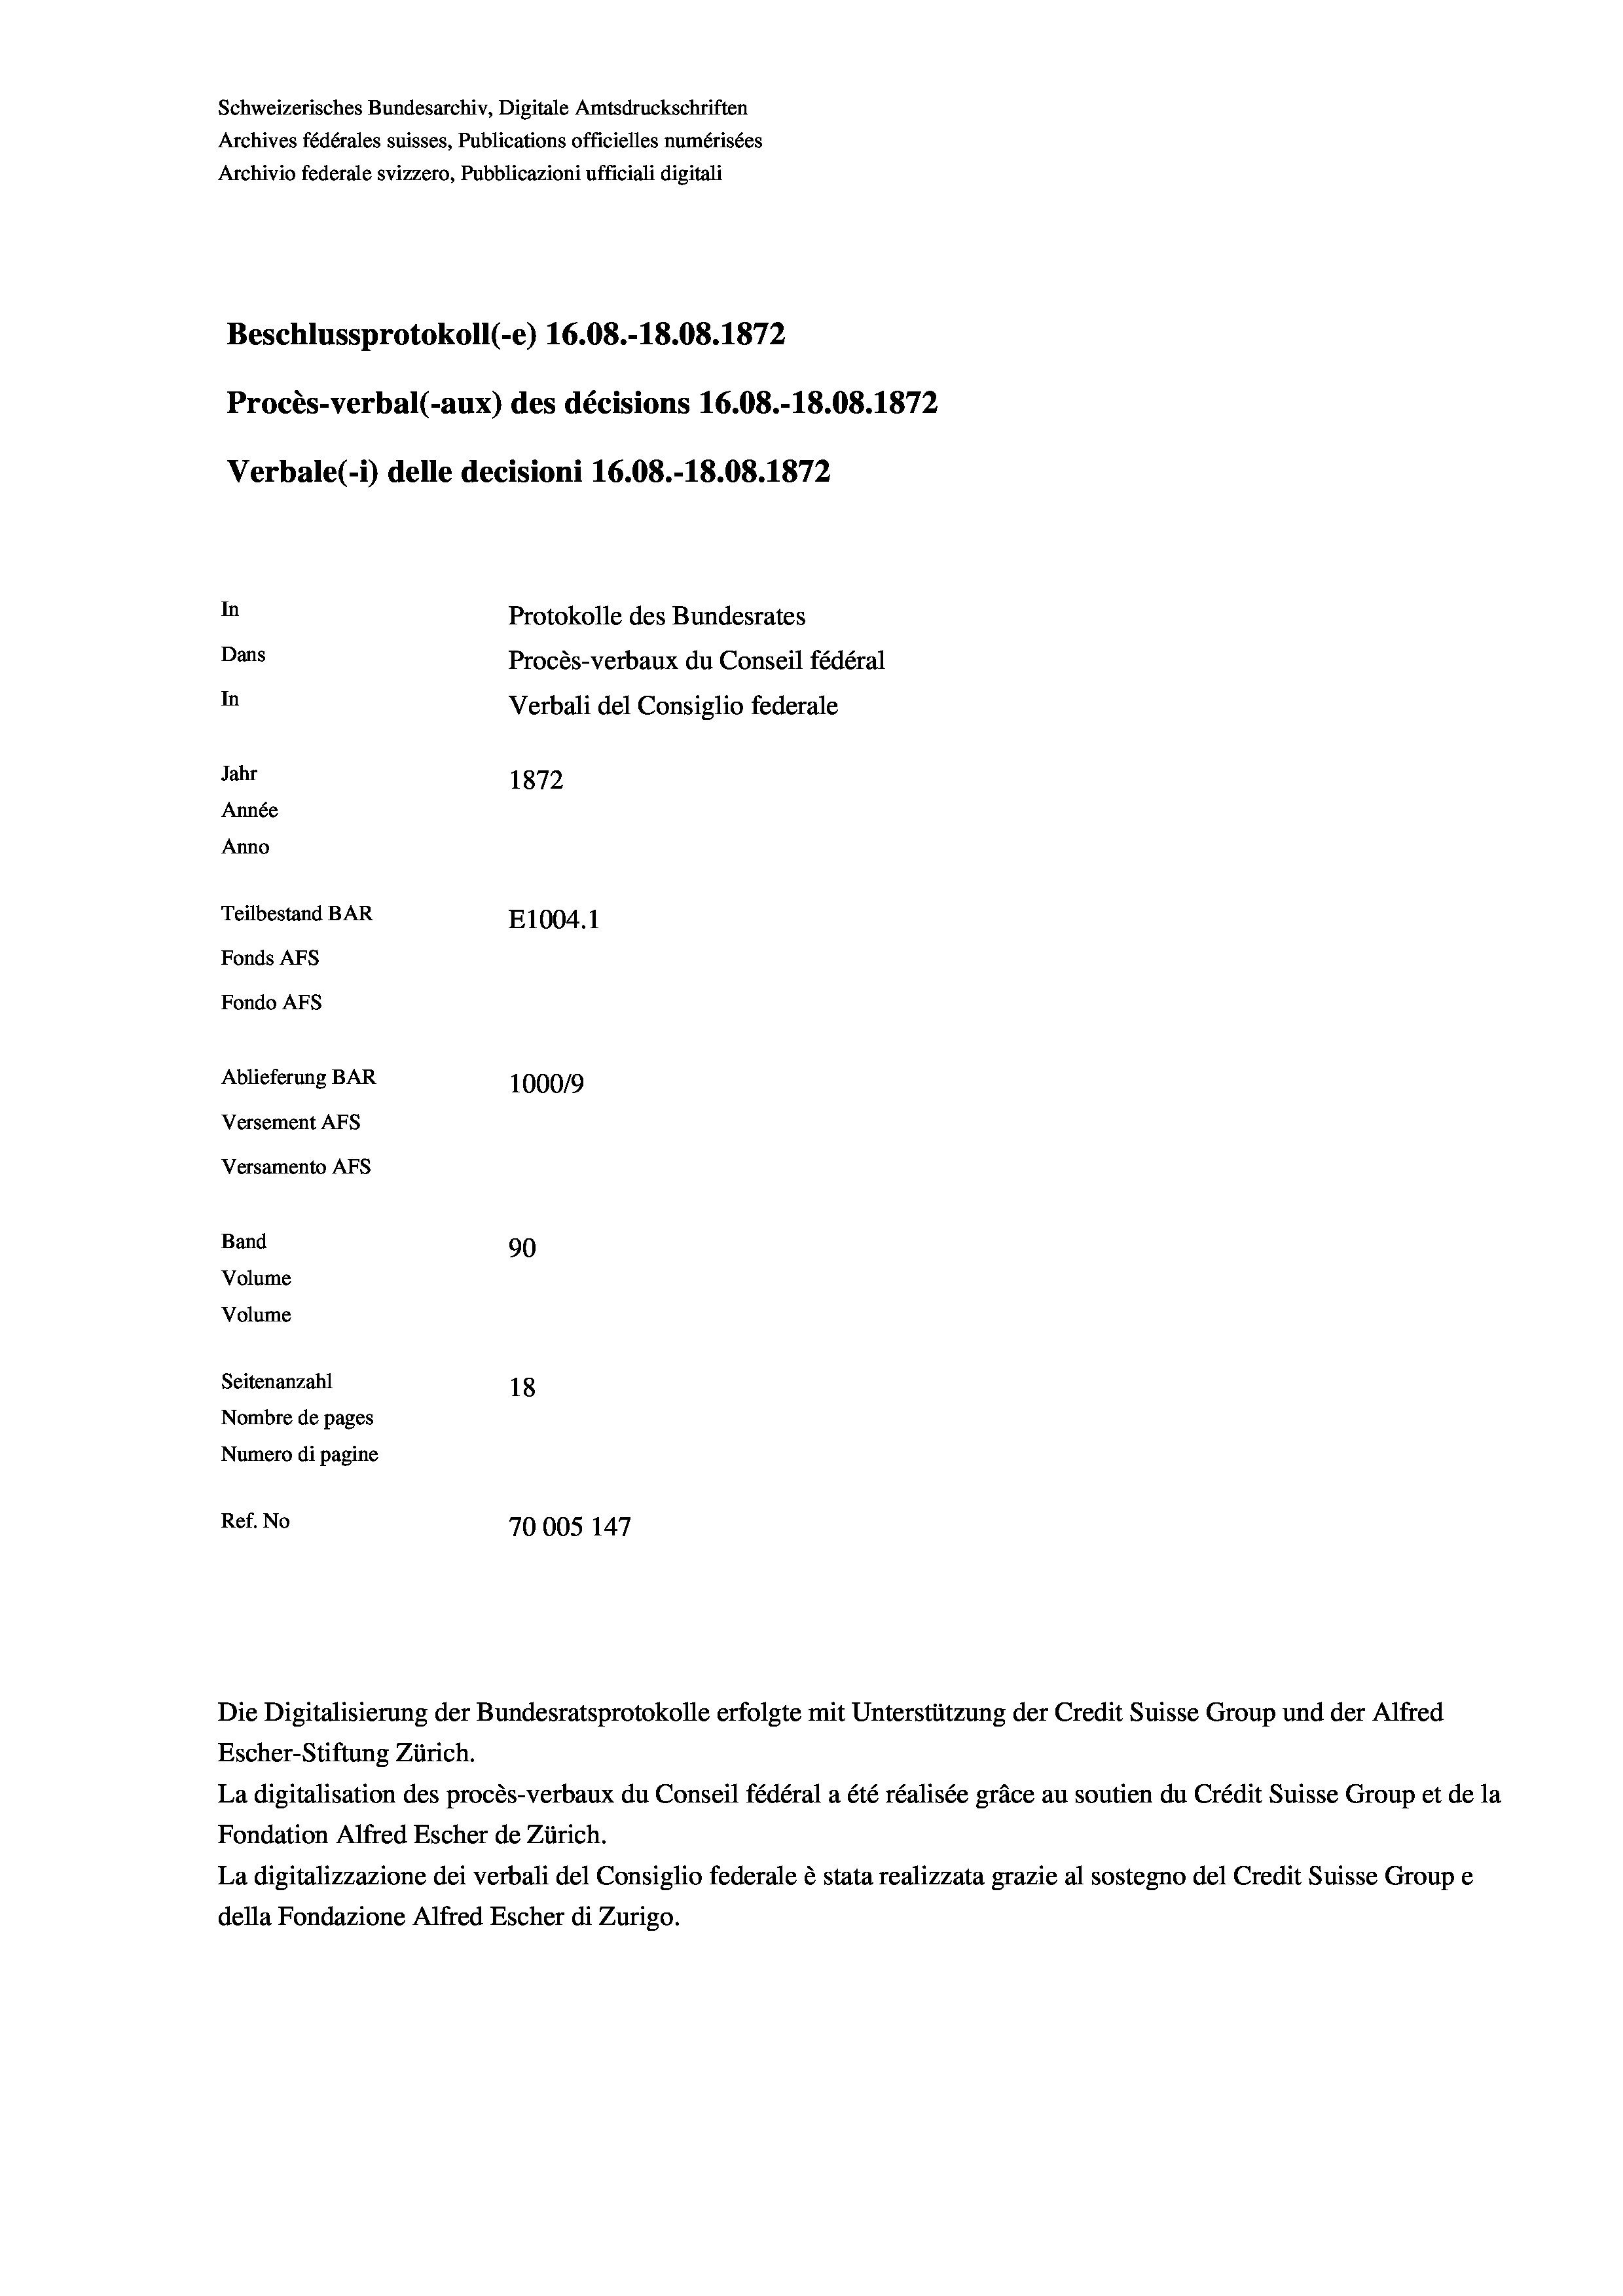
Schweizerisches Bundesarchiv, Digitale Amtsdruckschriften
Archives fédérales suisses, Publications officielles numérisées
Archivio federale svizzero, Pubblicazioni ufficiali digitali
Beschlussprotokoll (-e) 16.08.-18.08. 1872
Procès-verbal (-aux) des décisions 16.08.-18.08. 1872
Verbale (- 1) delle decisioni 16.08.-18.08. 1872
In
Protokolle des Bundesrates
Dans
Procès-verbaux du Conseil fédéral
In
Verbali del Consiglio federale
Jahr
1872
Année
Anno
Teilbestand BAR
E1004. 1
Fonds AFs
Fondo AFS
Ablieferung BAR
100019
Versement AFs
Versamento AFs
Band
90
Volume
Volume
Seitenanzahl
18

Nombre de pages
Numero di pagine
Ref. No
70005 147

Die Digitalisierung der Bundesratsprotokolle erfolgte mit Unterstützung der Credit Suisse Group und der Alfred
Escher-Stiftung Zürich.
La digitalisation des procès-verbaux du Conseil fédéral a été réalisée gräce au soutien du Crédit Suisse Group et de la
Fondation Alfred Escher de Zürich.
La digitalizzazione dei verbali del Consiglio federale è stata realizzata grazie al sostegno del Credit Suisse Groupe
della Fondazione Alfred Escher di Zurigo.